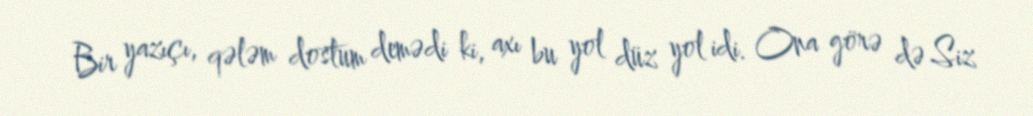
Bir yazıçı, qələm dostum demədi ki, axı bu yol düz yol idi. Ona görə də Siz